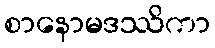
စာနောမဒဿိကာ